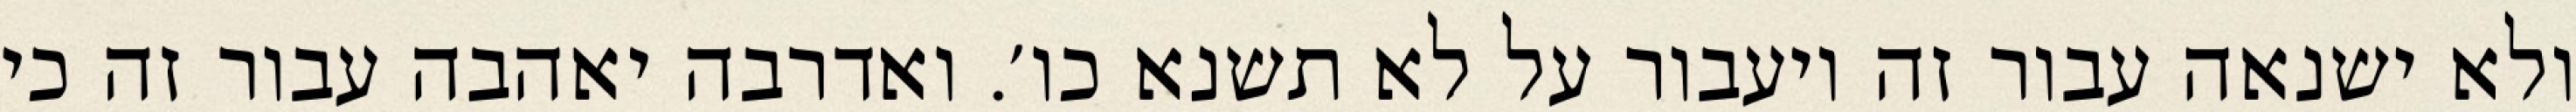
ולא ישנאה עבור זה ויעבור על לא תשנא כו׳. ואדרבה יאהבה עבור זה כי